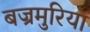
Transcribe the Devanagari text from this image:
बज्रमुरिया